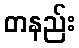
တနည်း